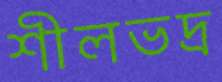
শীলভদ্র